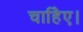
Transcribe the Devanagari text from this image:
चाहिेए।